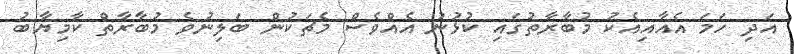
އަދި ހަމަ އެއާއިއެކު މުބާރާތުގައި ކުޅުނު އެއްވެސް މެޗަކުން ބަލިނުވެ މުބާރާތް ކާމިޔާބު